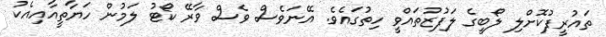
ތައުރީފުކޮށްލި ލޯބީގެ ލަފުޒުތައްވީ ހިތުގައެވެ. އޭނަވެސް ވެސް ވާރޭ ކޯޓު ލަމުން ހަޔާތީއާއިއެކު